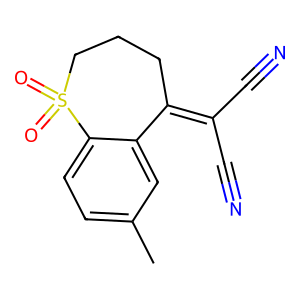
SMILES: Cc1ccc2c(c1)C(=C(C#N)C#N)CCCS2(=O)=O
Inhibits HIV replication: No